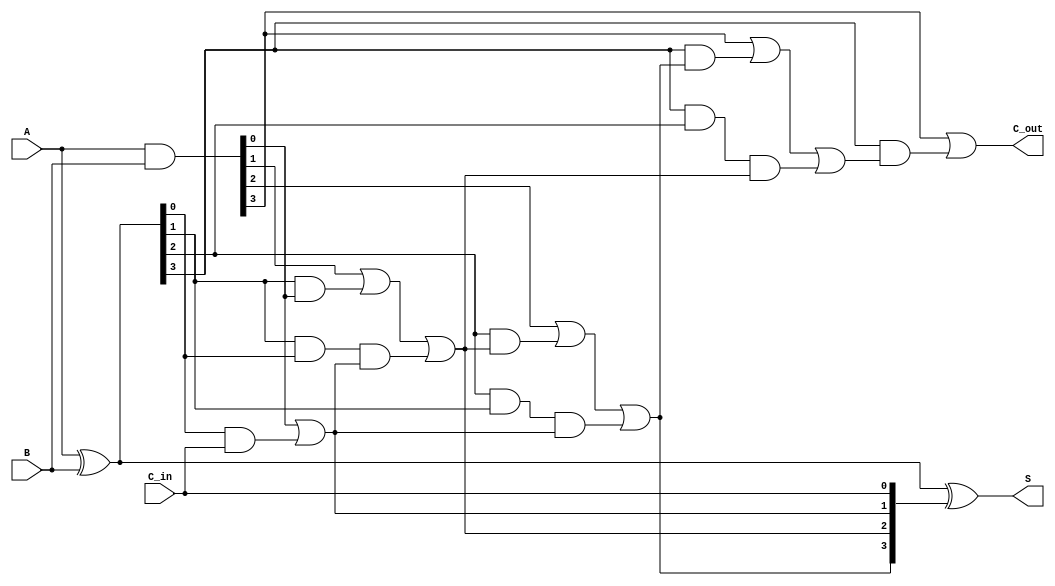
module SklanskyAdder #(parameter n = 4) (
    input [n-1:0] A,
    input [n-1:0] B,
    input C_in,
    output [n-1:0] S,
    output C_out
);

    // Generate and propagate signals
    wire [n-1:0] P; // Propagate
    wire [n-1:0] G; // Generate
    wire [n:0] C;   // Carry signals

    // Generate P and G signals
    assign P = A ^ B; // Propagate
    assign G = A & B; // Generate

    // Carry signal calculations
    assign C[0] = C_in; // Initial carry-in

    genvar i;
    generate
        for (i = 0; i < n; i = i + 1) begin : carry_calc
            if (i == 0) begin
                assign C[i + 1] = G[i] | (P[i] & C[i]);
            end else if (i == 1) begin
                assign C[i + 1] = G[i] | (P[i] & G[i - 1]) | (P[i] & P[i - 1] & C[i]);
            end else begin
                // Higher levels of carry calculation
                assign C[i + 1] = G[i] | (P[i] & C[i]) | (P[i] & P[i - 1] & C[i - 1]);
            end
        end
    endgenerate

    // Sum calculation
    assign S = P ^ C[n-1:0]; // Sum bits

    // Final carry-out
    assign C_out = G[n-1] | (P[n-1] & C[n]);

endmodule